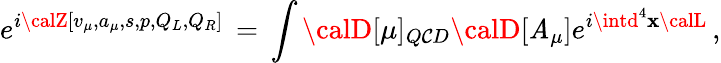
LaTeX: e^{i{\calZ}[v_{\mu},a_{\mu},s,p,Q_{L},Q_{R}]}\, =\, \int{\calD}[\mu]_{Q\mathcal{C}D}{\calD}[\mathit{A}_{\mu}]e^{i\intd^{4}\mathbf{x}{\calL}}\, ,